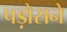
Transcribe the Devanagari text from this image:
पड़ोसने